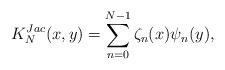
LaTeX: \begin{align*} K_N^{Jac}(x, y) = \sum_{n=0}^{N-1} \zeta_n(x) \psi_n(y) ,\end{align*}